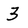
Character: 3